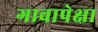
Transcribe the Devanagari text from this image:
गावापेक्षा